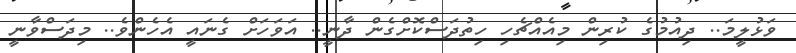
ވަޅުލީމަ.. ދިއުމުގެ ކުރިން މިއެއްޗެހި ހިތުދަސްކޮށްގެން ދާނީ.. އަވަހަށް ގެނައީ އެހެންވެ.. މިދަސްވާނީ